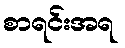
စာရင်းအရ